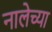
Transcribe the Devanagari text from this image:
नालेच्या